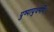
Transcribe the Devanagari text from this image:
पुष्पायुधमपि।।